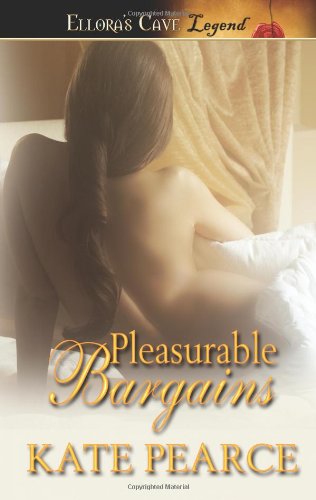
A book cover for Pleasurable Bargains; Kate Pearce; Romance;